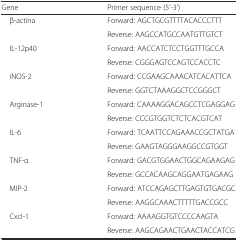
<table><thead><tr><td><b>Gene</b></td><td><b>Primer sequence (5’-3’)</b></td></tr></thead><tbody><tr><td rowspan="2"> β-actina</td><td>Forward: AGCTGCGTTTTACACCCTTT</td></tr><tr><td>Reverse: AAGCCATGCCAATGTTGTCT</td></tr><tr><td rowspan="2"> IL-12p40</td><td>Forward: AACCATCTCCTGGTTTGCCA</td></tr><tr><td>Reverse: CGGGAGTCCAGTCCACCTC</td></tr><tr><td rowspan="2"> iNOS-2</td><td>Forward: CCGAAGCAAACATCACATTCA</td></tr><tr><td>Reverse: GGTCTAAAGGCTCCGGGCT</td></tr><tr><td rowspan="2"> Arginase-1</td><td>Forward: CAAAAGGACAGCCTCGAGGAG</td></tr><tr><td>Reverse: CCCGTGGTCTCTCACGTCAT</td></tr><tr><td rowspan="2"> IL-6</td><td>Forward: TCAATTCCAGAAACCGCTATGA</td></tr><tr><td>Reverse: GAAGTAGGGAAGGCCGTGGT</td></tr><tr><td rowspan="2"> TNF-α</td><td>Forward: GACGTGGAACTGGCAGAAGAG</td></tr><tr><td>Reverse: GCCACAAGCAGGAATGAGAAG</td></tr><tr><td rowspan="2"> MIP-2</td><td>Forward: ATCCAGAGCTTGAGTGTGACGC</td></tr><tr><td>Reverse: AAGGCAAACTTTTTGACCGCC</td></tr><tr><td rowspan="2"> Cxcl-1</td><td>Forward: AAAAGGTGTCCCCAAGTA</td></tr><tr><td>Reverse: AAGCAGAACTGAACTACCATCG</td></tr></tbody></table>